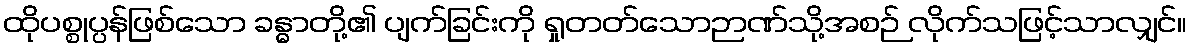
ထိုပစ္စုပ္ပန်ဖြစ်သော ခန္ဓာတို့၏ ပျက်ခြင်းကို ရှုတတ်သောဉာဏ်သို့အစဉ် လိုက်သဖြင့်သာလျှင်။